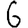
Digit: 6